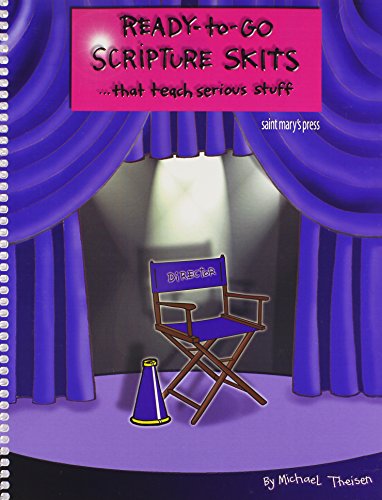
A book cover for Ready-to-Go Scripture Skits . . . That Teach Serious Stuff; Michael Theisen; Literature & Fiction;